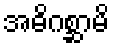
အဓိဂစ္ဆာမိ